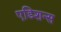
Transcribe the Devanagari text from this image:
एडिशन्स